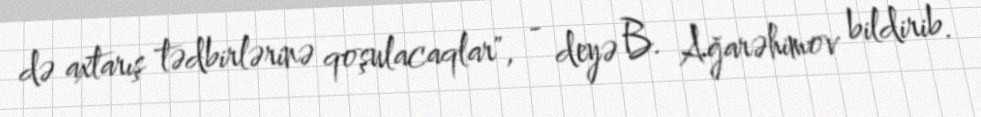
də axtarış tədbirlərinə qoşulacaqlar", - deyə B. Ağarəhimov bildirib.